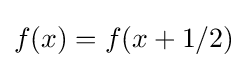
f(x)=f(x+1/2)